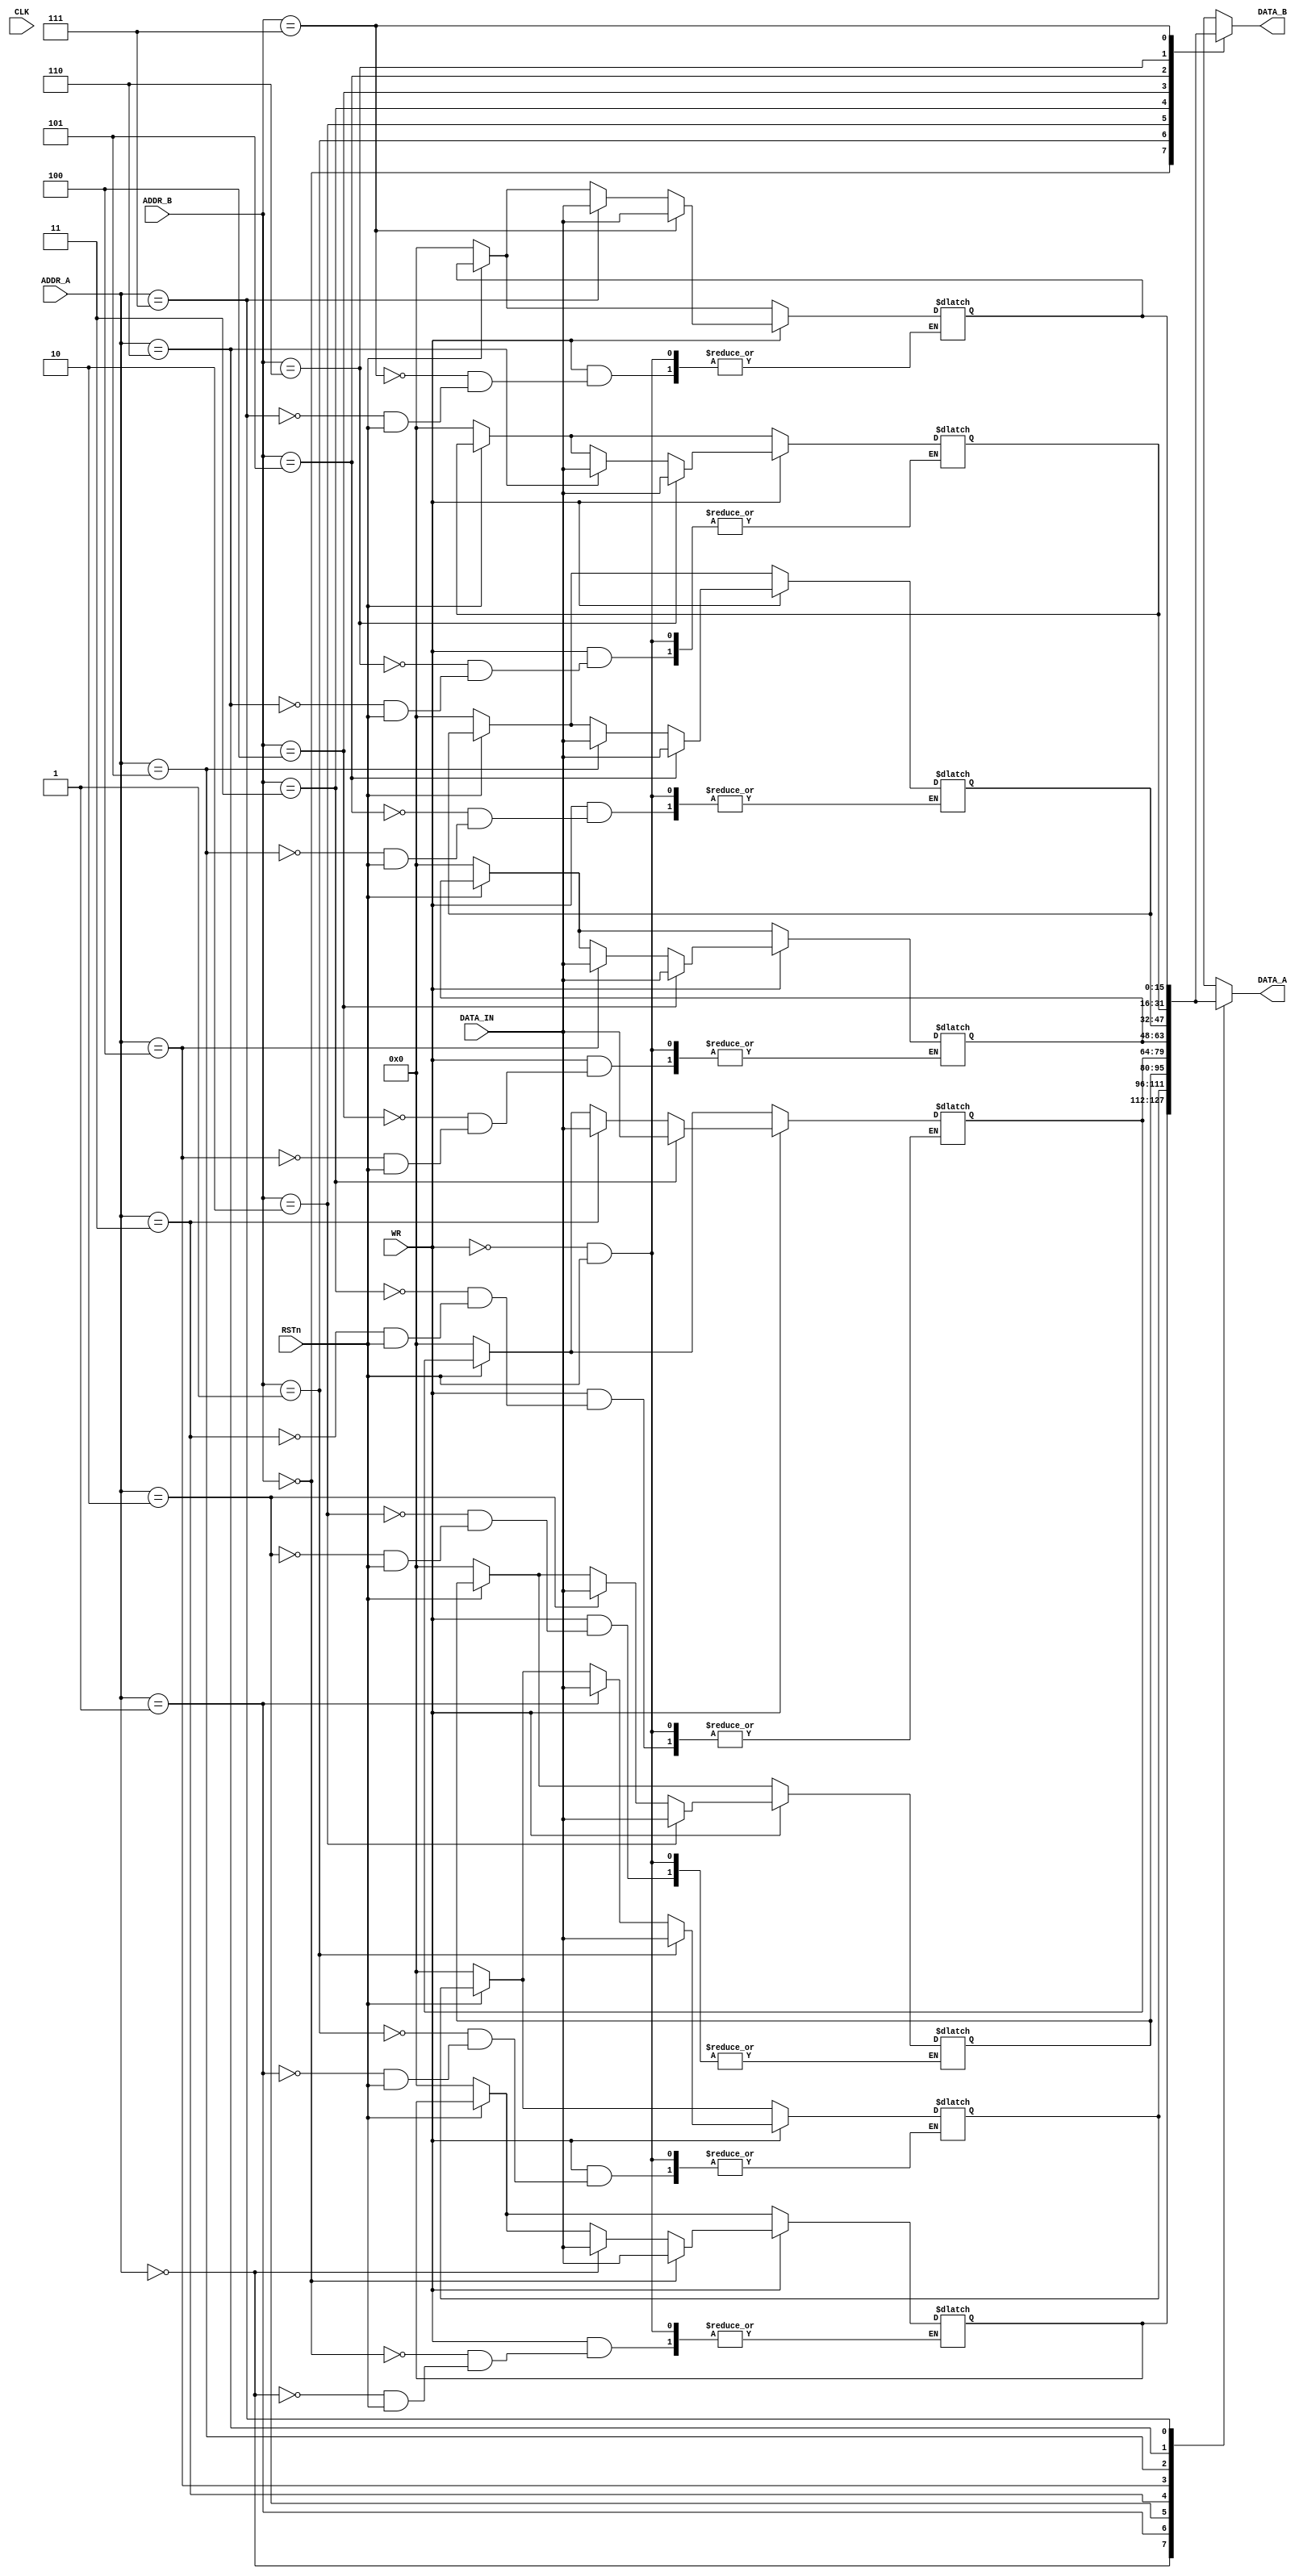
/**
 * SNU ECE Computer Organization
 *
 * Register_file.v
 */

module Register_file (
  input CLK,
  input RSTn,
  input WR,
  input [2:0] ADDR_A,
  input [2:0] ADDR_B,
  input [15:0] DATA_IN,

  output [15:0] DATA_A,
  output [15:0] DATA_B
);

////////////////////////////////////////////
reg [15:0] reg_array [7:0];

//reset operation and write operation are sequential
always@(!RSTn or WR) begin
	//TODO : reset
	if(!RSTn) begin
		reg_array[0] <= 16'h0000;
		reg_array[1] <= 16'h0000;
		reg_array[2] <= 16'h0000;
		reg_array[3] <= 16'h0000;
		reg_array[4] <= 16'h0000;
		reg_array[5] <= 16'h0000;
		reg_array[6] <= 16'h0000;
		reg_array[7] <= 16'h0000;
	end

	//TODO : write
	if(WR) begin
		reg_array[ADDR_A] <= DATA_IN;
		reg_array[ADDR_B] <= DATA_IN;
	end
end

//read operation is combinational
//TODO : read
assign DATA_A = reg_array[ADDR_A];
assign DATA_B = reg_array[ADDR_B];

////////////////////////////////////////////
endmodule